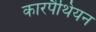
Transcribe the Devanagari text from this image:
कारपैथियन